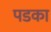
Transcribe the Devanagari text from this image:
पडका